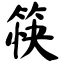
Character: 筷